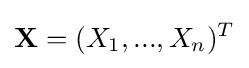
\mathbf {X} =(X_{1},...,X_{n})^{T}